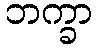
ဘက္ခာ